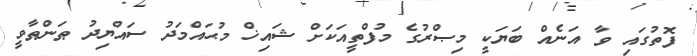
ފޮތުގައި ވާ އަނެއް ބަޔަކީ މިޞްރުގެ މުފްތީއަކަށް ޝައިޚް މުޙައްމަދު ސައްޔިދު ޠަންޠާވީ